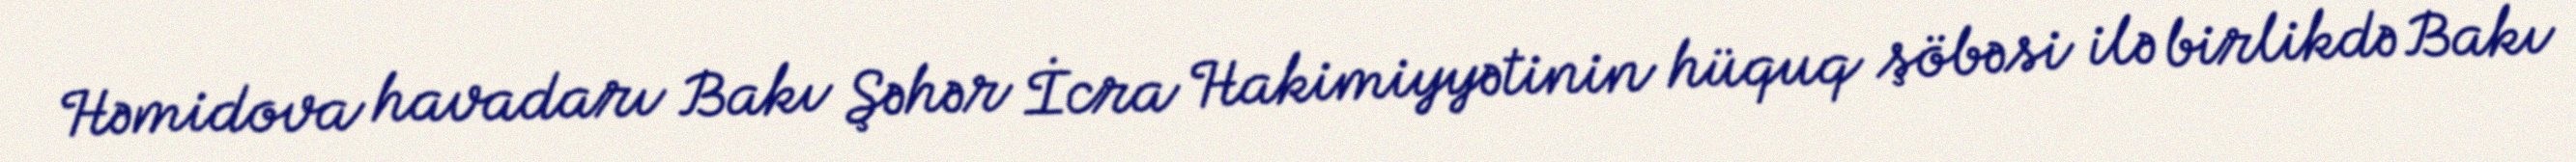
Həmidova havadarı Bakı Şəhər İcra Hakimiyyətinin hüquq şöbəsi ilə birlikdə Bakı